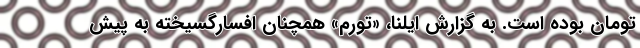
تومان بوده است. به گزارش ایلنا، «تورم» همچنان افسارگسیخته به پیش